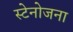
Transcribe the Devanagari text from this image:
स्टेनोजना